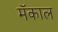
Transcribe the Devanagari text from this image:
मॅकाल